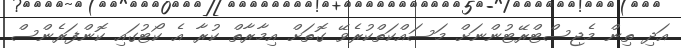
އަދި ތިން މެޖިސްޓްރޭޓުންނަށް މަސައްކަތްކުރެވޭ ގޮތަށް އިމާރާތް ކުރާ އެ ކޯޓުގައި ކޮންފަރެންސް